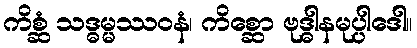
ကိစ္ဆံ သဒ္ဓမ္မဿဝနံ၊ ကိစ္ဆော ဗုဒ္ဓါနမုပ္ပါဒေါ။